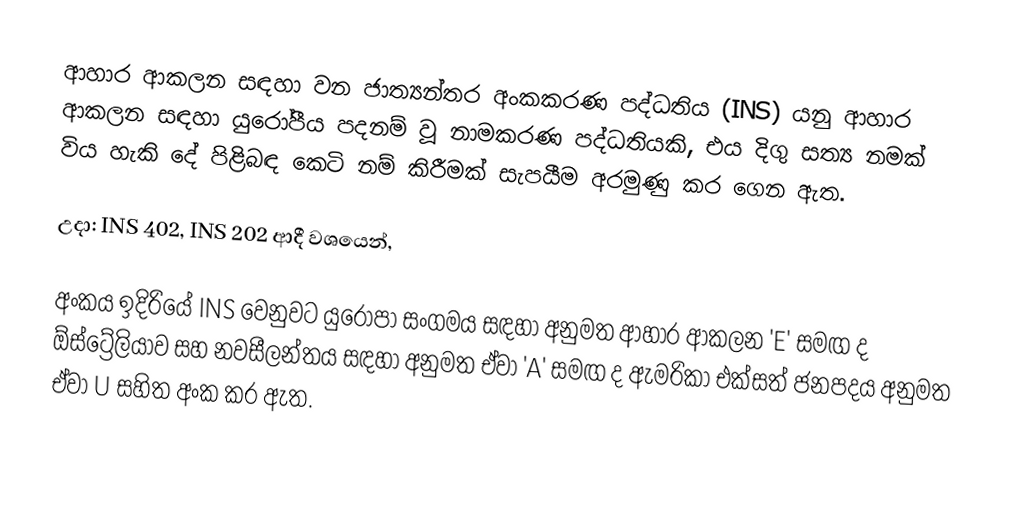
ආහාර ආකලන සඳහා වන ජාත්‍යන්තර අංකකරණ පද්ධතිය (INS) යනු ආහාර ආකලන සඳහා යුරෝපීය පදනම් වූ නාමකරණ පද්ධතියකි, එය දිගු සත්‍ය නමක් විය හැකි දේ පිළිබඳ කෙටි නම් කිරීමක් සැපයීම අරමුණු කර ගෙන ඇත.

උදා: INS 402, INS 202 ආදී වශයෙන්,

අංකය ඉදිරියේ INS වෙනුවට යුරෝපා සංගමය සඳහා අනුමත ආහාර ආකලන 'E' සමඟ ද ඕස්ට්‍රේලියාව සහ නවසීලන්තය සඳහා අනුමත ඒවා 'A' සමඟ ද ඇමරිකා එක්සත් ජනපදය අනුමත ඒවා U සහිත අංක කර ඇත.